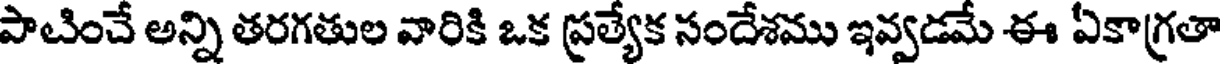
పాటించే అన్ని తరగతుల వారికి ఒక ప్రత్యేక సందేశము ఇవ్వడమే ఈ ఏకాగ్రతా